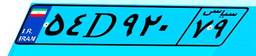
۵۴D۹۲۰۷۹